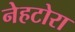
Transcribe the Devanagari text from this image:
नेहटोरा